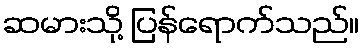
ဆမားသို့ ပြန်ရောက်သည်။